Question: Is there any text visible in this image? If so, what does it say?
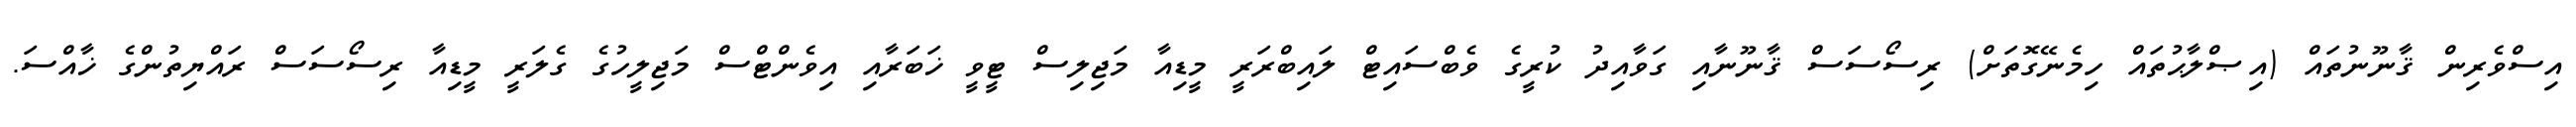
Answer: އިސްވެރިން ޤާނޫނުތައް (އިޞްލާޙުތައް ހިމެނޭގޮތަށް) ރިސޯސަސް ޤާނޫނާއި ގަވާއިދު ކުރީގެ ވެބްސައިޓް ލައިބްރަރީ މީޑިއާ މަޖިލިސް ޓީވީ ޚަބަރާއި އިވެންޓްސް މަޖިލީހުގެ ގެލަރީ މީޑިއާ ރިސޯސަސް ރައްޔިތުންގެ ޚާއްސަ.